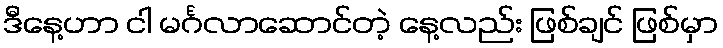
ဒီနေ့ဟာ ငါ မင်္ဂလာဆောင်တဲ့ နေ့လည်း ဖြစ်ချင် ဖြစ်မှာ